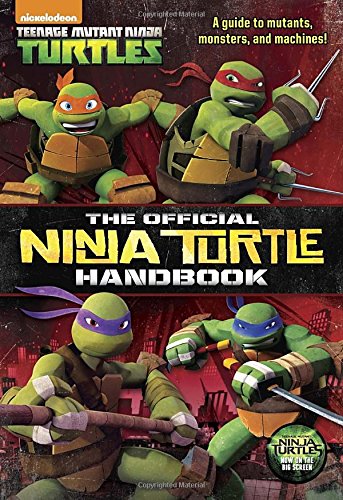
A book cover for The Official Ninja Turtle Handbook (Teenage Mutant Ninja Turtles); Golden Books; Children's Books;